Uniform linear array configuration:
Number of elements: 64
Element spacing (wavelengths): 1
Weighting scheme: binomial
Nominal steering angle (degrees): -15
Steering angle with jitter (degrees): -13.651
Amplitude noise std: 0.05
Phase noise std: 0.05

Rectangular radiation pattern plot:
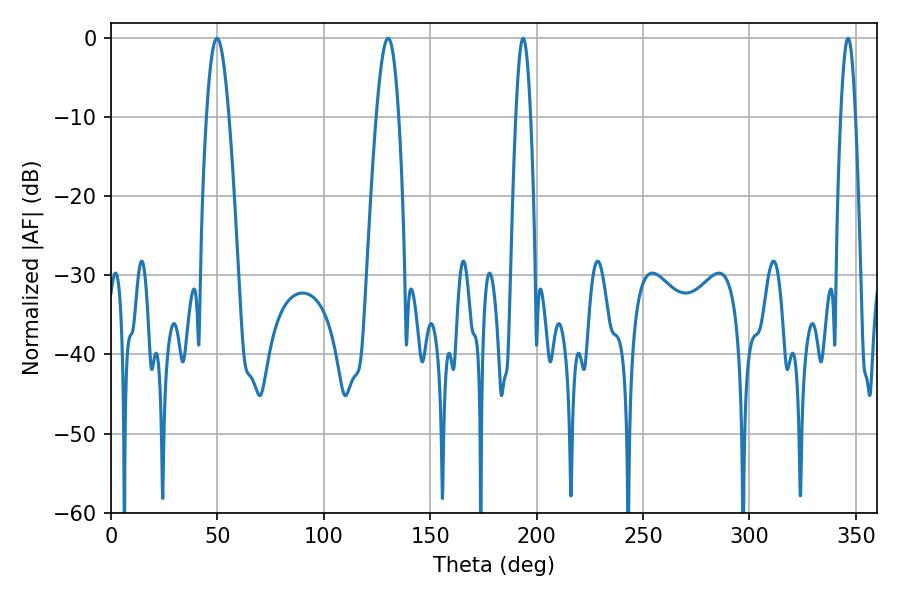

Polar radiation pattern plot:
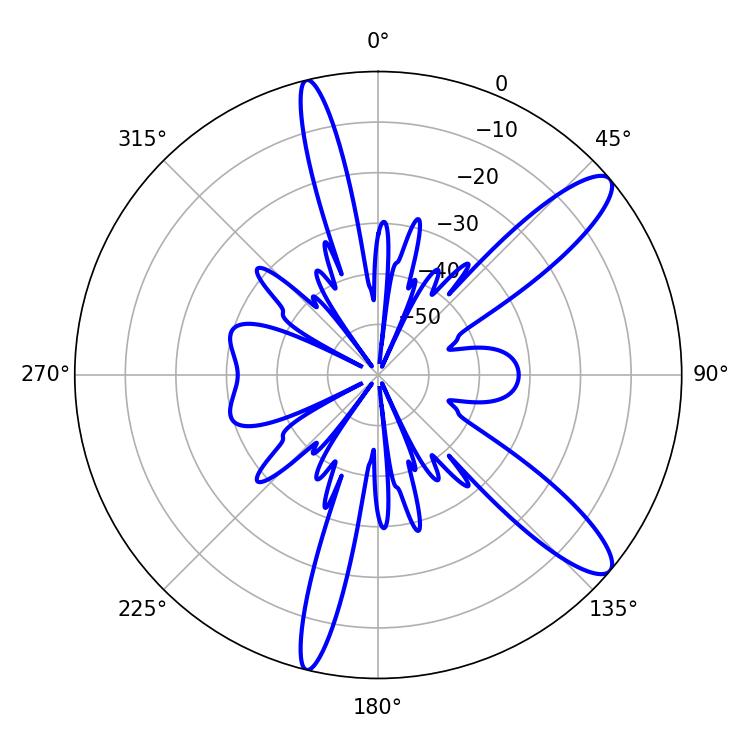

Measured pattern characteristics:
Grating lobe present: TRUE
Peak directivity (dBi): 11.809
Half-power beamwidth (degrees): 3.6
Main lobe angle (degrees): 193.68